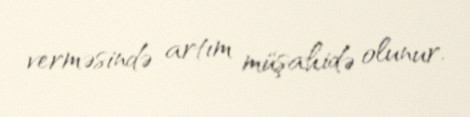
verməsində artım müşahidə olunur.